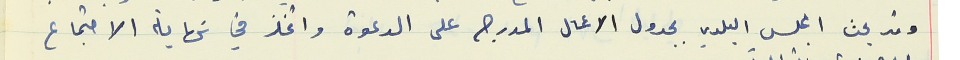
وقد بحث المجلس البلدي بجدول الاعمال المدرج على الدعوة واتخذ في نهاية الاجتماع